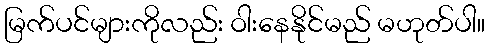
မြက်ပင်များကိုလည်း ဝါးနေနိုင်မည် မဟုတ်ပါ။